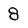
Character: 8